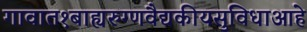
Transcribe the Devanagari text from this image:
गावात१बाह्यरुग्णवैद्यकीयसुविधाआहे